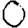
Digit: 0